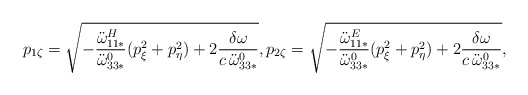
\begin{align*}p_{1\zeta} = \sqrt{-\frac{\ddot{\omega}^H_{11*}}{\ddot{\omega}^0_{33*}}(p_{\xi}^2 + p_{\eta}^2) +2\frac{\delta \omega}{c\,\ddot{\omega}^0_{33*}}}, p_{2\zeta} =\sqrt{-\frac{\ddot{\omega}^E_{11*}}{\ddot{\omega}^0_{33*}}(p_{\xi}^2 + p_{\eta}^2) + 2\frac{\delta\omega}{c\,\ddot{\omega}^0_{33*}}},\end{align*}